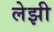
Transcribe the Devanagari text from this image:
लेझी